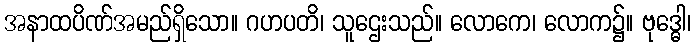
အနာထပိဏ်အမည်ရှိသော။ ဂဟပတိ၊ သူဌေးသည်။ လောကေ၊ လောက၌။ ဗုဒ္ဓေါ၊